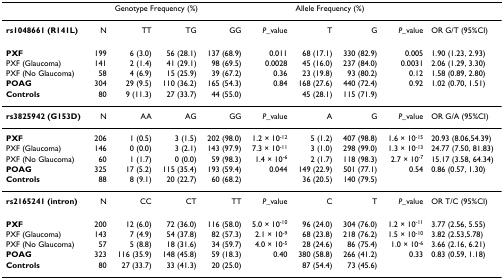
<table><thead><tr><td></td><td></td><td colspan="4"><b>Genotype Frequency (%)</b></td><td colspan="3"><b>Allele Frequency (%)</b></td><td></td></tr></thead><tbody><tr><td><b>rs1048661 (R141L)</b></td><td>N</td><td>TT</td><td>TG</td><td>GG</td><td><i>P</i>_value</td><td>T</td><td>G</td><td><i>P</i>_value</td><td>OR G/T (95%CI)</td></tr><tr><td><b>PXF</b></td><td>199</td><td>6 (3.0)</td><td>56 (28.1)</td><td>137 (68.9)</td><td>0.011</td><td>68 (17.1)</td><td>330 (82.9)</td><td>0.005</td><td>1.90 (1.23, 2.93)</td></tr><tr><td>PXF (Glaucoma)</td><td>141</td><td>2 (1.4)</td><td>41 (29.1)</td><td>98 (69.5)</td><td>0.0028</td><td>45 (16.0)</td><td>237 (84.0)</td><td>0.0031</td><td>2.06 (1.29, 3.30)</td></tr><tr><td>PXF (No Glaucoma)</td><td>58</td><td>4 (6.9)</td><td>15 (25.9)</td><td>39 (67.2)</td><td>0.36</td><td>23 (19.8)</td><td>93 (80.2)</td><td>0.12</td><td>1.58 (0.89, 2.80)</td></tr><tr><td><b>POAG</b></td><td>304</td><td>29 (9.5)</td><td>110 (36.2)</td><td>165 (54.3)</td><td>0.84</td><td>168 (27.6)</td><td>440 (72.4)</td><td>0.92</td><td>1.02 (0.70, 1.51)</td></tr><tr><td><b>Controls</b></td><td>80</td><td>9 (11.3)</td><td>27 (33.7)</td><td>44 (55.0)</td><td></td><td>45 (28.1)</td><td>115 (71.9)</td><td></td><td></td></tr><tr><td><b>rs3825942 (G153D)</b></td><td>N</td><td>AA</td><td>AG</td><td>GG</td><td><i>P</i>_value</td><td>A</td><td>G</td><td><i>P</i>_value</td><td>OR G/A (95%CI)</td></tr><tr><td><b>PXF</b></td><td>206</td><td>1 (0.5)</td><td>3 (1.5)</td><td>202 (98.0)</td><td>1.2 × 10<sup>-12</sup></td><td>5 (1.2)</td><td>407 (98.8)</td><td>1.6 × 10<sup>-15</sup></td><td>20.93 (8.06,54.39)</td></tr><tr><td>PXF (Glaucoma)</td><td>146</td><td>0 (0.0)</td><td>3 (2.1)</td><td>143 (97.9)</td><td>7.3 × 10<sup>-11</sup></td><td>3 (1.0)</td><td>298 (99.0)</td><td>1.3 × 10<sup>-13</sup></td><td>24.77 (7.50, 81.83)</td></tr><tr><td>PXF (No Glaucoma)</td><td>60</td><td>1 (1.7)</td><td>0 (0.0)</td><td>59 (98.3)</td><td>1.4 × 10<sup>-6</sup></td><td>2 (1.7)</td><td>118 (98.3)</td><td>2.7 × 10<sup>-7</sup></td><td>15.17 (3.58, 64.34)</td></tr><tr><td><b>POAG</b></td><td>325</td><td>17 (5.2)</td><td>115 (35.4)</td><td>193 (59.4)</td><td>0.044</td><td>149 (22.9)</td><td>501 (77.1)</td><td>0.54</td><td>0.86 (0.57, 1.30)</td></tr><tr><td><b>Controls</b></td><td>88</td><td>8 (9.1)</td><td>20 (22.7)</td><td>60 (68.2)</td><td></td><td>36 (20.5)</td><td>140 (79.5)</td><td></td><td></td></tr><tr><td><b>rs2165241 (intron)</b></td><td>N</td><td>CC</td><td>CT</td><td>TT</td><td><i>P</i>_value</td><td>C</td><td>T</td><td><i>P</i>_value</td><td>OR T/C (95%CI)</td></tr><tr><td><b>PXF</b></td><td>200</td><td>12 (6.0)</td><td>72 (36.0)</td><td>116 (58.0)</td><td>5.0 × 10<sup>-10</sup></td><td>96 (24.0)</td><td>304 (76.0)</td><td>1.2 × 10<sup>-11</sup></td><td>3.77 (2.56, 5.55)</td></tr><tr><td>PXF (Glaucoma)</td><td>143</td><td>7 (4.9)</td><td>54 (37.8)</td><td>82 (57.3)</td><td>2.1 × 10<sup>-9</sup></td><td>68 (23.8)</td><td>218 (76.2)</td><td>1.5 × 10<sup>-10</sup></td><td>3.82 (2.53,5.78)</td></tr><tr><td>PXF (No Glaucoma)</td><td>57</td><td>5 (8.8)</td><td>18 (31.6)</td><td>34 (59.7)</td><td>4.0 × 10<sup>-5</sup></td><td>28 (24.6)</td><td>86 (75.4)</td><td>1.0 × 10<sup>-6</sup></td><td>3.66 (2.16, 6.21)</td></tr><tr><td><b>POAG</b></td><td>323</td><td>116 (35.9)</td><td>148 (45.8)</td><td>59 (18.3)</td><td>0.40</td><td>380 (58.8)</td><td>266 (41.2)</td><td>0.33</td><td>0.83 (0.59, 1.18)</td></tr><tr><td><b>Controls</b></td><td>80</td><td>27 (33.7)</td><td>33 (41.3)</td><td>20 (25.0)</td><td></td><td>87 (54.4)</td><td>73 (45.6)</td><td></td><td></td></tr></tbody></table>